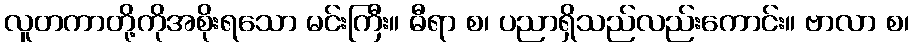
လူတကာတို့ကိုအစိုးရသော မင်းကြီး။ ဓီရာ စ၊ ပညာရှိသည်လည်းကောင်း။ ဗာလာ စ၊